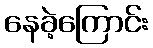
နေခဲ့ကြောင်း